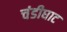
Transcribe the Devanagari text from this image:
चंडीघाट